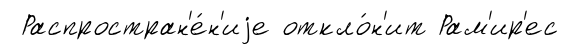
Распростран'е́н'иjе откло́н'ит Рам'ир'ес